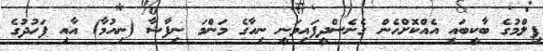
ފިލްމުގެ ބާކީބައި އެއްކޮށްހެން ގެނެސްދީފައިވަނީ ނިހާގެ މަންމަ ނިފާޝާ (ނިއުމާ) އާއި ފަހުދުގެ